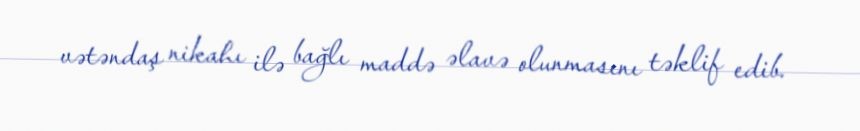
vətəndaş nikahı ilə bağlı maddə əlavə olunmasını təklif edib.